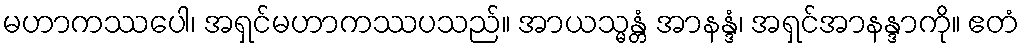
မဟာကဿပေါ၊ အရှင်မဟာကဿပသည်။ အာယသ္မန္တံ အာနန္ဒံ၊ အရှင်အာနန္ဒာကို။ ဧတံ